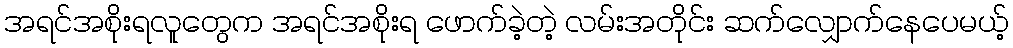
အရင်အစိုးရလူတွေက အရင်အစိုးရ ဖောက်ခဲ့တဲ့ လမ်းအတိုင်း ဆက်လျှောက်နေပေမယ့်